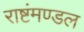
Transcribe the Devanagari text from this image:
राष्टंमण्डल